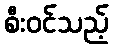
စီးဝင်သည့်